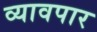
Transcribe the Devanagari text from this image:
व्यावपार